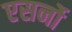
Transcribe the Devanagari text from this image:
एसर्नो